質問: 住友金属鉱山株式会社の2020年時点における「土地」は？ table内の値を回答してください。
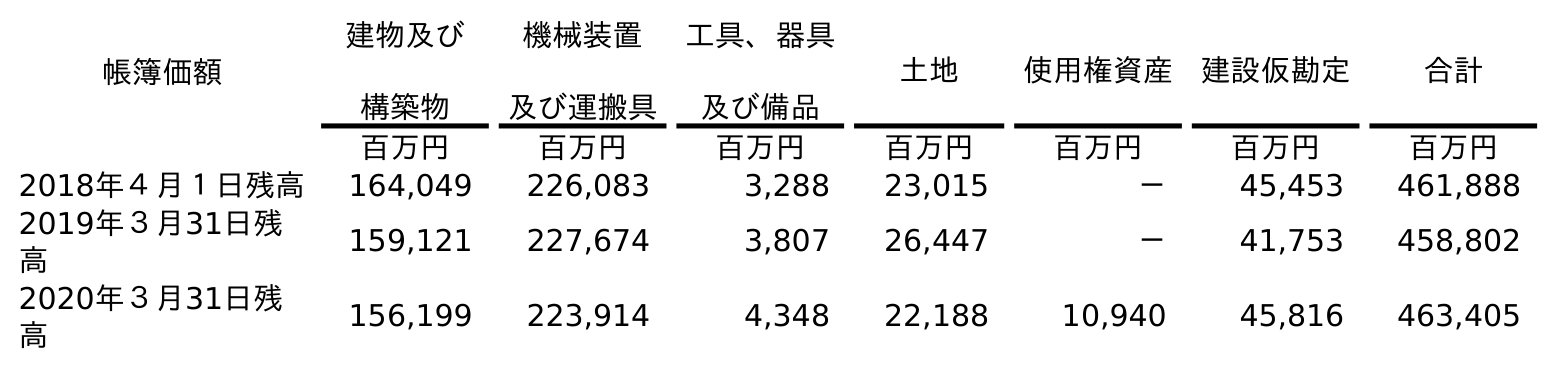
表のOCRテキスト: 帳簿価額 建物及び 構築物 機械装置 及び運搬具 工具、器具 及び備品 土地 使用権資産 建設仮勘定 合計 百万円 百万円 百万円 百万円 百万円 百万円 百万円 2018年４月１日残高 164,049 226,083 3,288 23,015 － 45,453 461,888 2019年３月31日残 高 159,121 227,674 3,807 26,447 － 41,753 458,802 2020年３月31日残 高 156,199 223,914 4,348 22,188 10,940 45,816 463,405
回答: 22,188